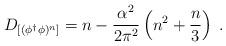
LaTeX: \begin{align*}D_{ [(\phi^\dagger \phi)^n]} = n -\frac{\alpha^2}{2\pi^2} \left(n^2 + \frac{n}{3}\right) \; .\end{align*}